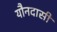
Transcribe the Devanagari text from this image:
यौनदासी